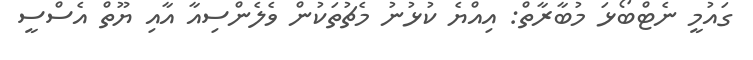
ގައުމީ ނެޓްބޯޅަ މުބާރާތް: އިއްޔެ ކުޅުނު މެޗުތަކުން ވެލެންސިއާ އާއި ޔޫތް އެސްސީ